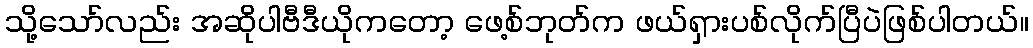
သို့သော်လည်း အဆိုပါဗီဒီယိုကတော့ ဖေ့စ်ဘုတ်က ဖယ်ရှားပစ်လိုက်ပြီပဲဖြစ်ပါတယ်။